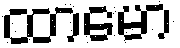
ထာမော